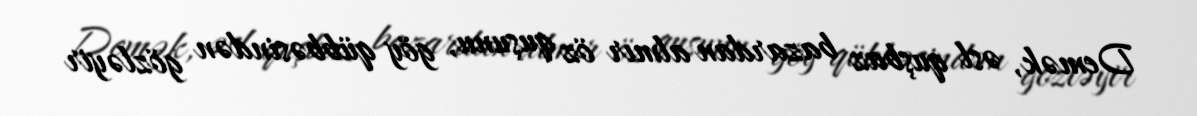
Demək, əsl quşbaz bazardan almır öz quşunu, göy qübbəsindən gözləyir